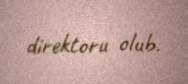
direktoru olub.